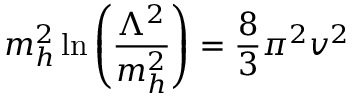
m _ { h } ^ { 2 } \ln \left( \frac { \Lambda ^ { 2 } } { m _ { h } ^ { 2 } } \right) = \frac { 8 } { 3 } \pi ^ { 2 } v ^ { 2 }